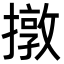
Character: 撴